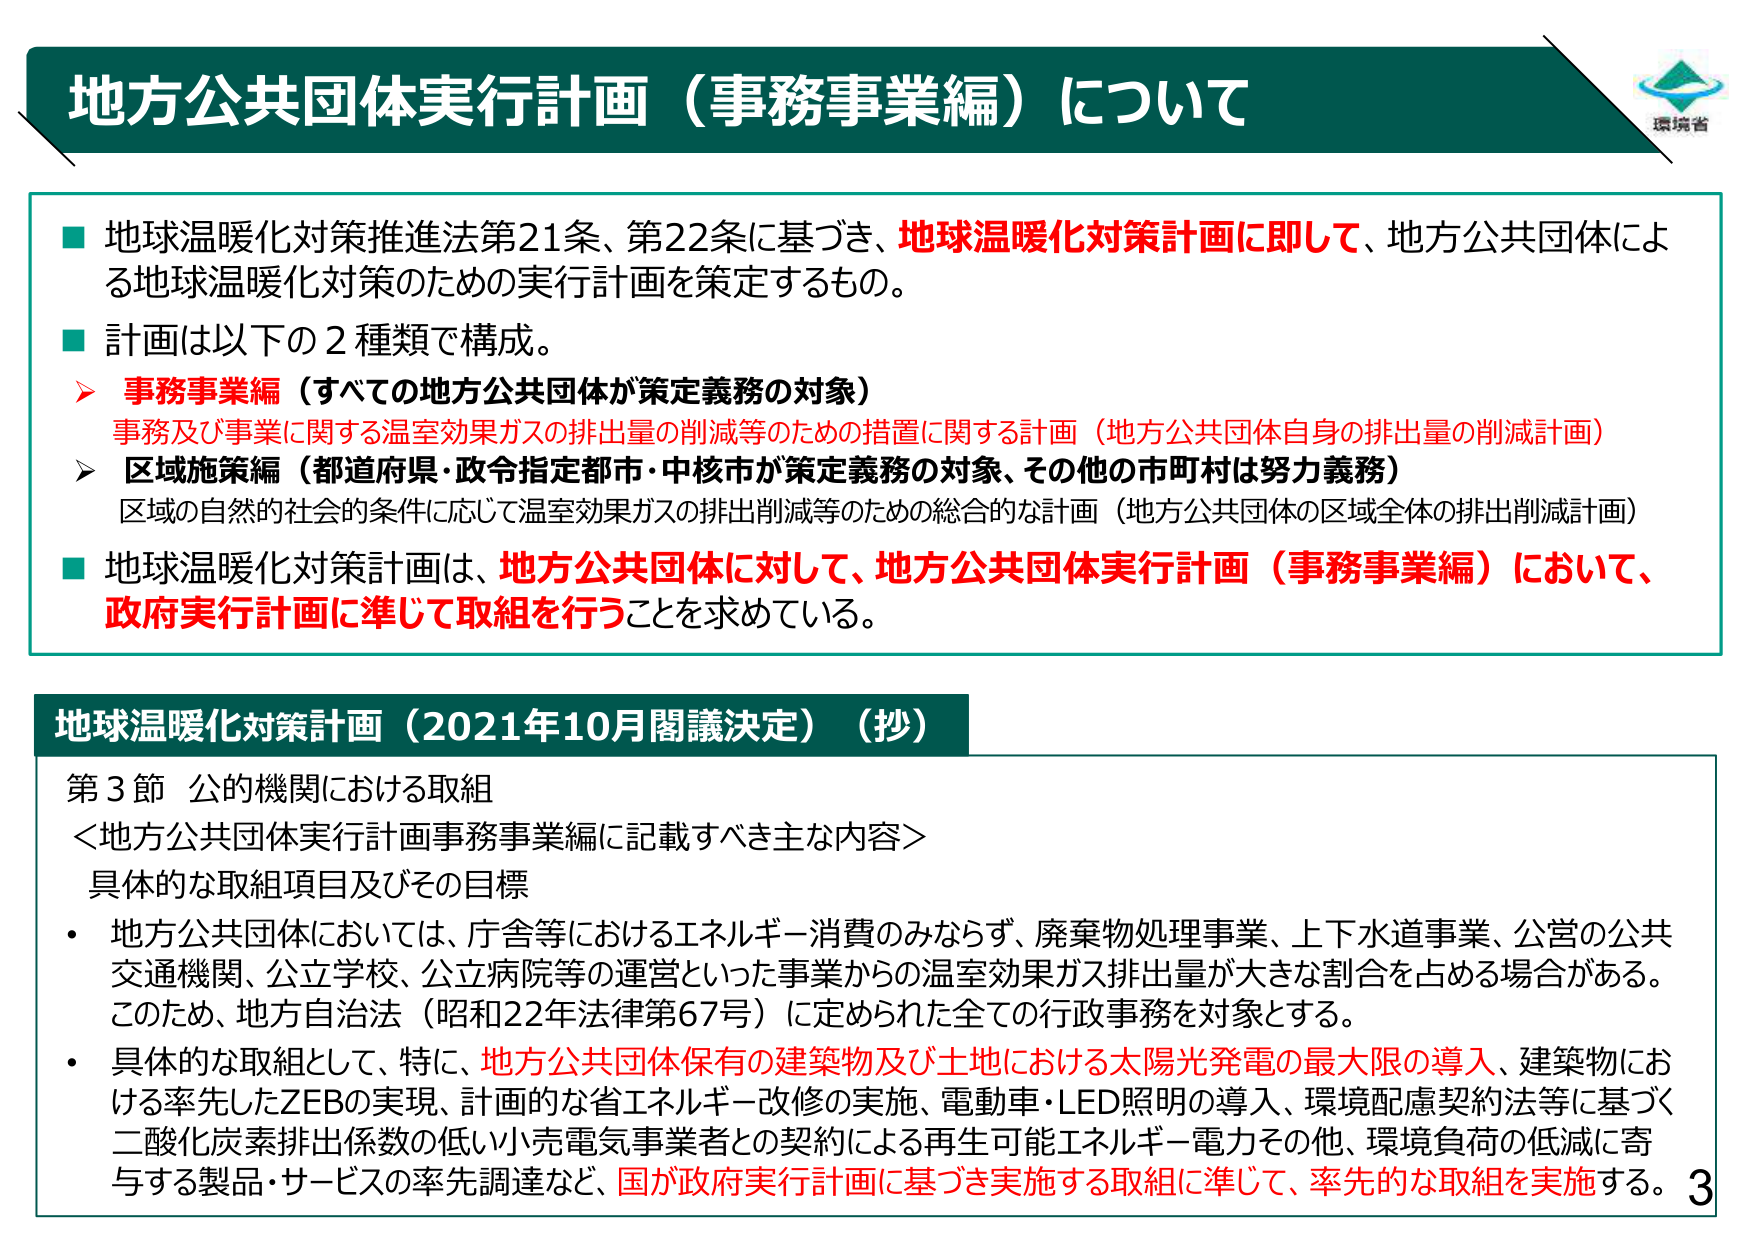
地方公共団体実行計画（事務事業編）について

■ 地球温暖化対策推進法第21条、第22条に基づき、地球温暖化対策計画に即して、地方公共団体による地球温暖化対策のための実行計画を策定するもの。

■ 計画は以下の2種類で構成。
　➤ 事務事業編（すべての地方公共団体が策定義務の対象）
　　事務及び事業に関する温室効果ガスの排出量の削減等のための措置に関する計画（地方公共団体自身の排出量の削減計画）
　➤ 区域施策編（都道府県・政令指定都市・中核市が策定義務の対象、その他の市町村は努力義務）
　　区域の自然的社会的条件に応じて温室効果ガスの排出削減等のための総合的な計画（地方公共団体の区域全体の排出削減計画）

■ 地球温暖化対策計画は、地方公共団体に対して、地方公共団体実行計画（事務事業編）において、政府実行計画に準じて取組を行うことを求めている。

地球温暖化対策計画（2021年10月閣議決定）（抄）

第3節 公的機関における取組
＜地方公共団体実行計画事務事業編に記載すべき主な内容＞
具体的な取組項目及びその目標

・ 地方公共団体においては、庁舎等におけるエネルギー消費のみならず、廃棄物処理事業、上下水道事業、公営の公共交通機関、公立学校、公立病院等の運営といった事業からの温室効果ガス排出量が大きな割合を占める場合がある。このため、地方自治法（昭和22年法律第67号）に定められた全ての行政事務を対象とする。

・ 具体的な取組として、特に、地方公共団体保有の建築物及び土地における太陽光発電の最大限の導入、建築物における率先したZEBの実現、計画的な省エネルギー改修の実施、電動車・LED照明の導入、環境配慮契約法等に基づく二酸化炭素排出係数の低い小売電気事業者との契約による再生可能エネルギー電力その他、環境負荷の低減に寄与する製品・サービスの率先調達など、国が政府実行計画に基づき実施する取組に準じて、率先的な取組を実施する。 3

環境省